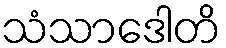
သံသာဒေါတိ